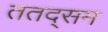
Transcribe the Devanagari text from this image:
ततद्सम